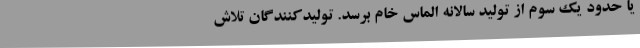
یا حدود یک سوم از تولید سالانه الماس خام برسد. تولیدکنندگان تلاش